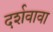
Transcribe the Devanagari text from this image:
दर्शवावा